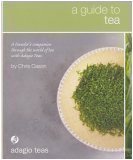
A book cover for A Guide to Tea: A Traveler's Companion Through the World of Tea with Adagio Teas; Health, Fitness & Dieting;